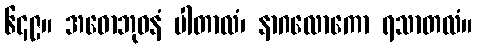
၆၄၉။ အဓောဘုဝနံ ပါတာလံ၊ နာဂလောကော ရသာတလံ။